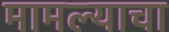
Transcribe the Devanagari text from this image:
मामल्याचा